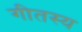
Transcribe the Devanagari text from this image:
गीतस्य